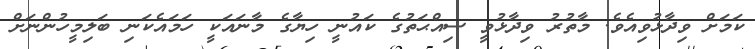
ކަމަށް ވިދާޅުވިއެވެ. މާތުރު ވިދާޅުވީ ސިއްޙަތުގެ ކައުނީ ހިޔާގެ މާނައަކީ ހަމައެކަނި ބަލިމީހުންނަށް